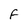
Character: F